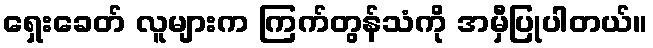
ရှေးခေတ် လူများက ကြက်တွန်သံကို အမှီပြုပါတယ်။